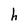
Character: h